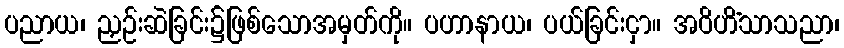
ပညာယ၊ ညှဉ်းဆဲခြင်း၌ဖြစ်သောအမှတ်ကို။ ပဟာနာယ၊ ပယ်ခြင်းငှာ။ အဝိဟိံသာသညာ၊